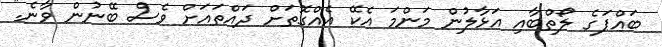
ބައްޕަގެ ލޯތްބާއި އަޅާލުން މަންމަ އެކޭ އެއްގޮތަށް ދައްތައަށް ވެސް ބޭނުން ވާނެ."